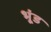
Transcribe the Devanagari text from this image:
भूंड